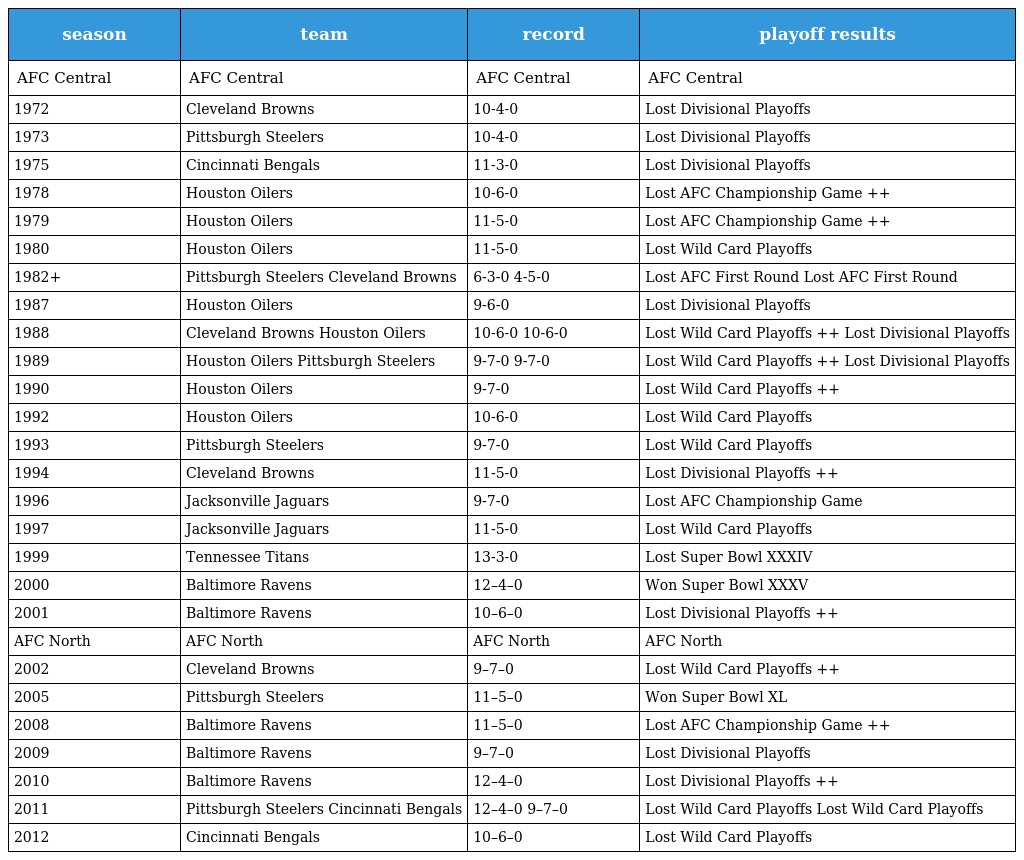
| season | team | record | playoff results |
 | --- | --- | --- | --- |
 | AFC Central | AFC Central | AFC Central | AFC Central |
 | 1972 | Cleveland Browns | 10-4-0 | Lost Divisional Playoffs |
 | 1973 | Pittsburgh Steelers | 10-4-0 | Lost Divisional Playoffs |
 | 1975 | Cincinnati Bengals | 11-3-0 | Lost Divisional Playoffs |
 | 1978 | Houston Oilers | 10-6-0 | Lost AFC Championship Game ++ |
 | 1979 | Houston Oilers | 11-5-0 | Lost AFC Championship Game ++ |
 | 1980 | Houston Oilers | 11-5-0 | Lost Wild Card Playoffs |
 | 1982+ | Pittsburgh Steelers Cleveland Browns | 6-3-0 4-5-0 | Lost AFC First Round Lost AFC First Round |
 | 1987 | Houston Oilers | 9-6-0 | Lost Divisional Playoffs |
 | 1988 | Cleveland Browns Houston Oilers | 10-6-0 10-6-0 | Lost Wild Card Playoffs ++ Lost Divisional Playoffs |
 | 1989 | Houston Oilers Pittsburgh Steelers | 9-7-0 9-7-0 | Lost Wild Card Playoffs ++ Lost Divisional Playoffs |
 | 1990 | Houston Oilers | 9-7-0 | Lost Wild Card Playoffs ++ |
 | 1992 | Houston Oilers | 10-6-0 | Lost Wild Card Playoffs |
 | 1993 | Pittsburgh Steelers | 9-7-0 | Lost Wild Card Playoffs |
 | 1994 | Cleveland Browns | 11-5-0 | Lost Divisional Playoffs ++ |
 | 1996 | Jacksonville Jaguars | 9-7-0 | Lost AFC Championship Game |
 | 1997 | Jacksonville Jaguars | 11-5-0 | Lost Wild Card Playoffs |
 | 1999 | Tennessee Titans | 13-3-0 | Lost Super Bowl XXXIV |
 | 2000 | Baltimore Ravens | 12–4–0 | Won Super Bowl XXXV |
 | 2001 | Baltimore Ravens | 10–6–0 | Lost Divisional Playoffs ++ |
 | AFC North | AFC North | AFC North | AFC North |
 | 2002 | Cleveland Browns | 9–7–0 | Lost Wild Card Playoffs ++ |
 | 2005 | Pittsburgh Steelers | 11–5–0 | Won Super Bowl XL |
 | 2008 | Baltimore Ravens | 11–5–0 | Lost AFC Championship Game ++ |
 | 2009 | Baltimore Ravens | 9–7–0 | Lost Divisional Playoffs |
 | 2010 | Baltimore Ravens | 12–4–0 | Lost Divisional Playoffs ++ |
 | 2011 | Pittsburgh Steelers Cincinnati Bengals | 12–4–0 9–7–0 | Lost Wild Card Playoffs Lost Wild Card Playoffs |
 | 2012 | Cincinnati Bengals | 10–6–0 | Lost Wild Card Playoffs |